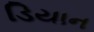
ડિયાન